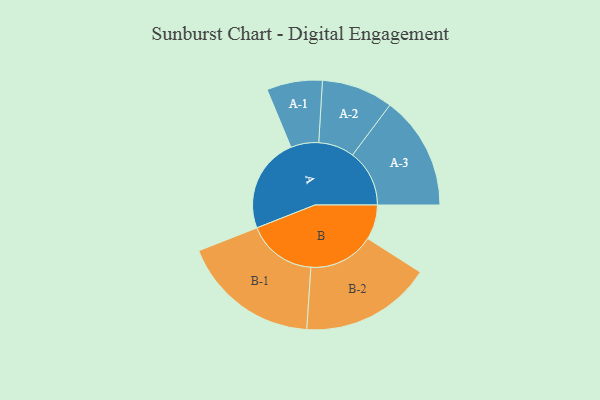
{"axis": {"x": "Segment", "y": "Value"}, "legend": ["", "A", "B"], "data": [{"x": "A", "y": 383, "type": ""}, {"x": "B", "y": 140, "type": ""}, {"x": "A-1", "y": 112, "type": "A"}, {"x": "A-2", "y": 144, "type": "A"}, {"x": "A-3", "y": 229, "type": "A"}, {"x": "B-1", "y": 279, "type": "B"}, {"x": "B-2", "y": 264, "type": "B"}]}